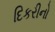
દિકરીનો